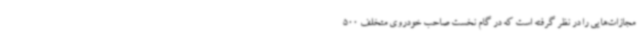
مجازات‌هایی را در نظر گرفته است که در گام نخست صاحب خودروی متخلف 500